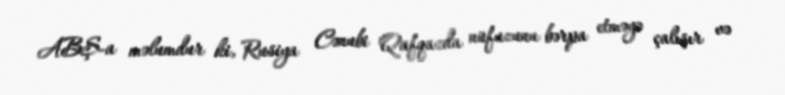
ABŞ-a məlumdur ki, Rusiya Cənubi Qafqazda nüfuzunu bərpa etməyə çalışır və